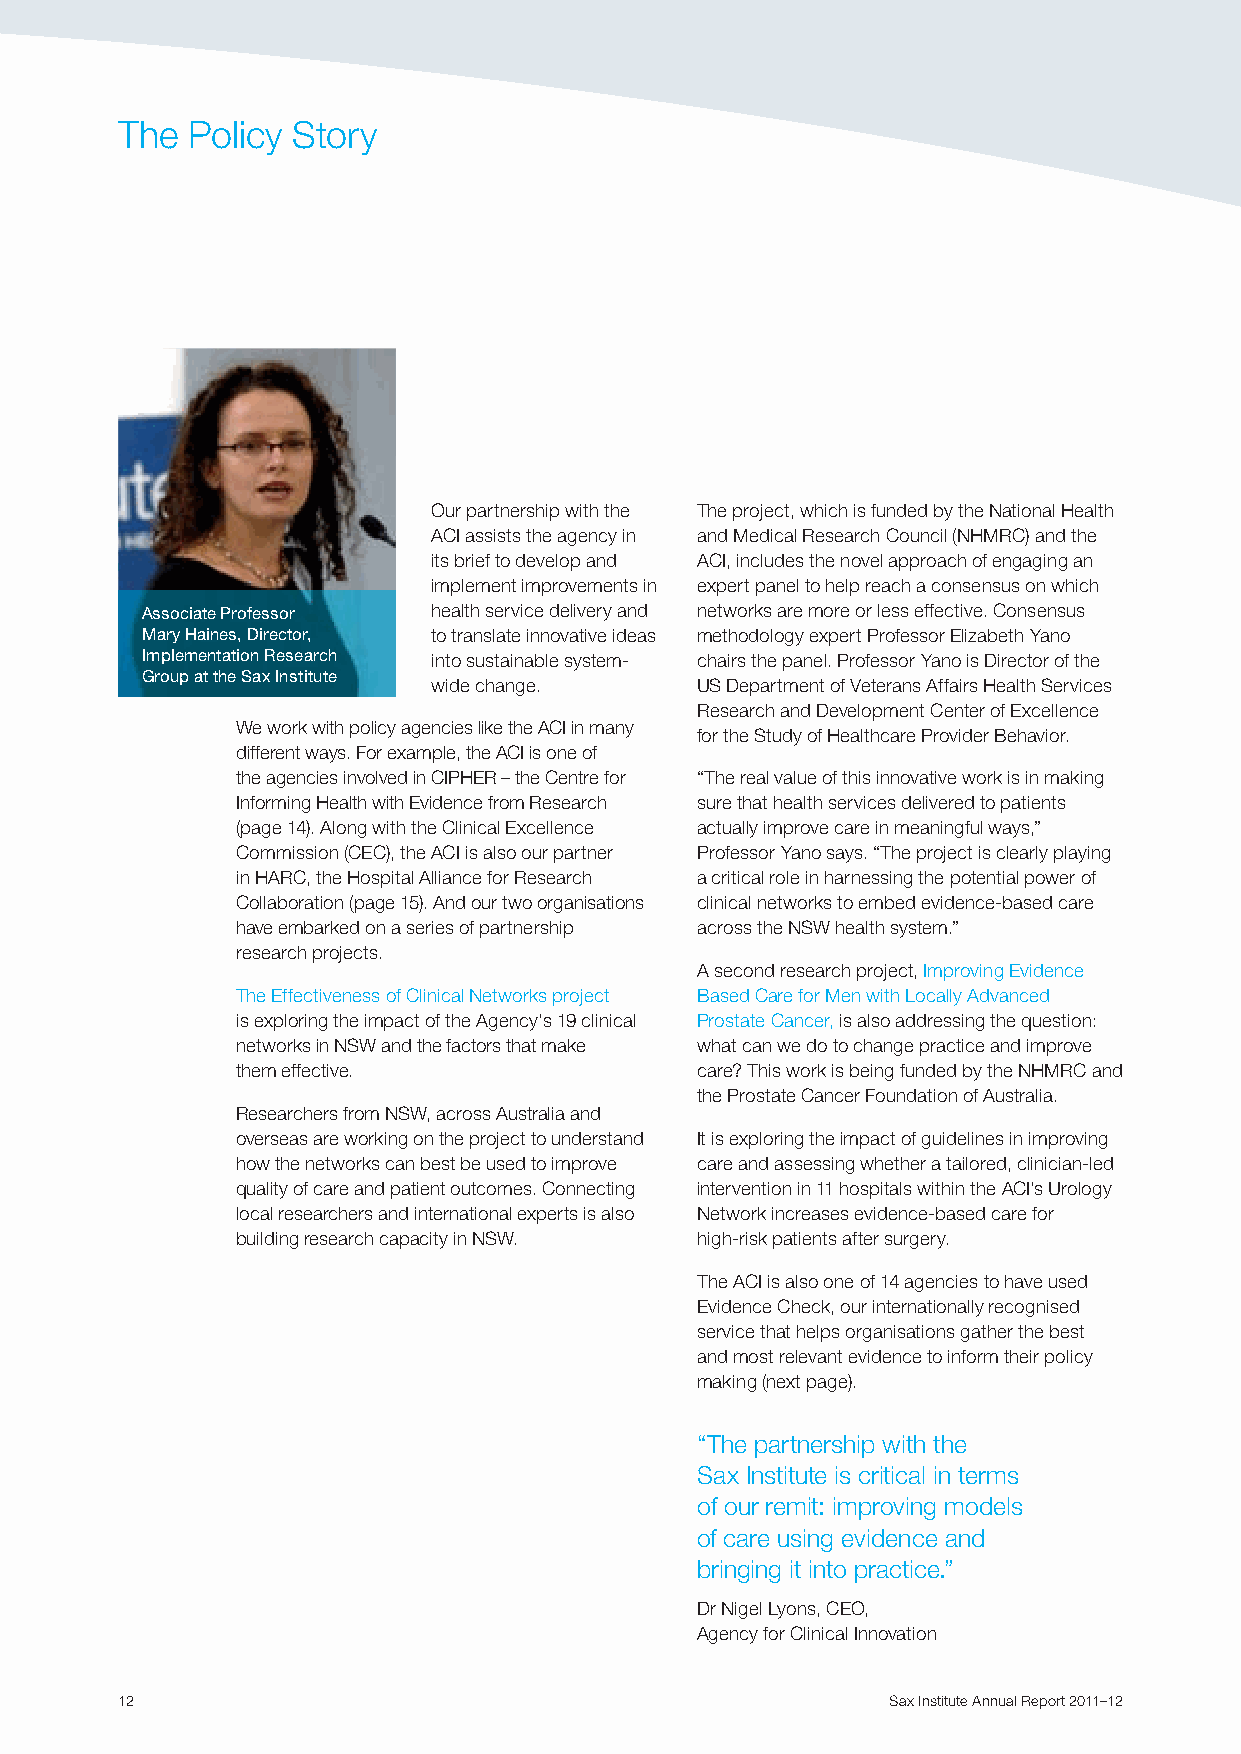
The  Policy Story
 Our partnership with the The project, which is funded by the National Health
 ACI assists the agency in and Medical Research Council (NHMRC) and the
 its brief to develop and ACI, includes the novel approach of engaging an
 implement improvements in expert panel to help reach a consensus on which
 Associate Professor health service delivery and networks are more or less effective. Consensus
 Mary Haines, Director, to translate innovative ideas methodology expert Professor Elizabeth Yano
 Implementation Research into sustainable system- chairs the panel. Professor Yano is Director of the
 Group at the Sax Institute
 wide change.     US Department of Veterans Affairs Health Services
 Research and Development Center of Excellence
 We work with policy agencies like the ACI in many
 for the Study of Healthcare Provider Behavior.
 different ways. For example, the ACI is one of
 the agencies involved in CIPHER – the Centre for “The real value of this innovative work is in making
 Informing Health with Evidence from Research sure that health services delivered to patients
 (page 14). Along with the Clinical Excellence actually improve care in meaningful ways,”
 Commission (CEC), the ACI is also our partner Professor Yano says. “The project is clearly playing
 in HARC, the Hospital Alliance for Research a critical role in harnessing the potential power of
 Collaboration (page 15). And our two organisations clinical networks to embed evidence-based care
 have embarked on a series of partnership across the NSW health system.”
 research projects.
 A second research project, Improving Evidence
 The Effectiveness of Clinical Networks project Based Care for Men with Locally Advanced
 is exploring the impact of the Agency’s 19 clinical Prostate Cancer, is also addressing the question:
 networks in NSW and the factors that make what can we do to change practice and improve
 them effective.               care? This work is being funded by the NHMRC and
 the Prostate Cancer Foundation of Australia.
 Researchers from NSW, across Australia and
 overseas are working on the project to understand It is exploring the impact of guidelines in improving
 how the networks can best be used to improve care and assessing whether a tailored, clinician-led
 quality of care and patient outcomes. Connecting intervention in 11 hospitals within the ACI’s Urology
 local researchers and international experts is also Network increases evidence-based care for
 building research capacity in NSW. high-risk patients after surgery.
 The ACI is also one of 14 agencies to have used
 Evidence Check, our internationally recognised
 service that helps organisations gather the best
 and most relevant evidence to inform their policy
 making (next page).
 “The partnership with the
 Sax Institute is critical in terms
 of our remit: improving models
 of care using evidence and
 bringing it into practice.”
 Dr Nigel Lyons, CEO,
 Agency for Clinical Innovation
 12                                                 Sax Institute Annual Report 2011–12